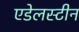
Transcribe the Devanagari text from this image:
एडेलस्टीन